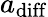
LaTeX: a_{\mathrm{diff}}